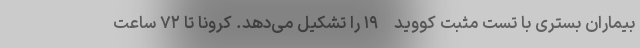
بیماران بستری با تست مثبت کووید-۱۹ را تشکیل می‌دهد. کرونا تا ۷۲ ساعت